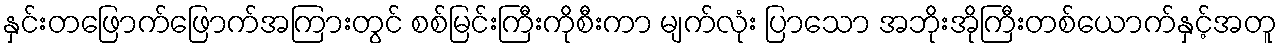
နှင်းတဖြောက်ဖြောက်အကြားတွင် စစ်မြင်းကြီးကိုစီးကာ မျက်လုံး ပြာသော အဘိုးအိုကြီးတစ်ယောက်နှင့်အတူ